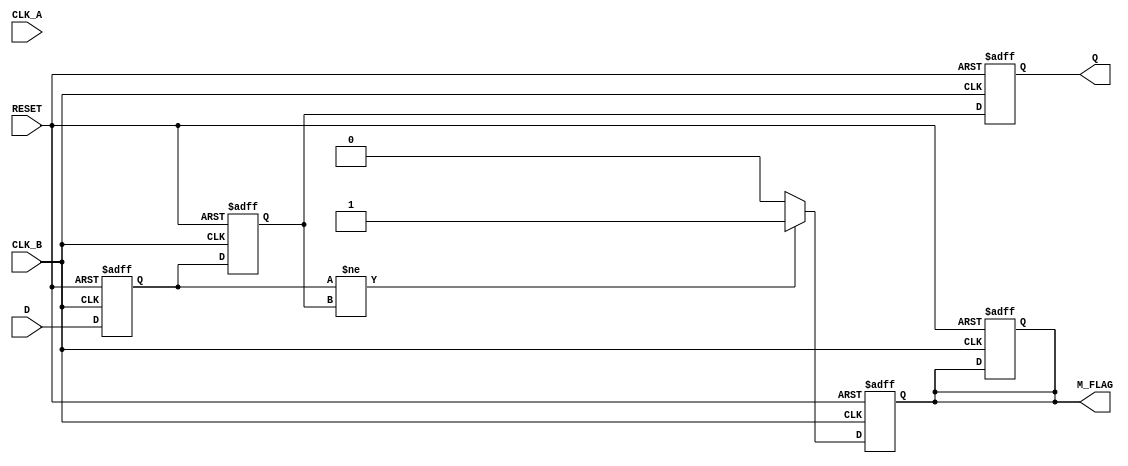
module cdc_detector (
    input wire       D,            // Data signal from the source clock domain
    input wire       CLK_A,        // Clock signal of the source domain
    input wire       CLK_B,        // Clock signal of the destination domain
    input wire       RESET,        // Asynchronous reset signal
    output reg       M_FLAG,       // Metastability flag
    output reg       Q             // Synchronized output in CLK_B domain
);

    reg D_sync_1;                  // First stage of synchronization
    reg D_sync_2;                  // Second stage of synchronization

    // Synchronization process
    always @(posedge CLK_B or posedge RESET) begin
        if (RESET) begin
            D_sync_1 <= 1'b0;
            D_sync_2 <= 1'b0;
            Q <= 1'b0;
            M_FLAG <= 1'b0;
        end else begin
            D_sync_1 <= D;         // Sample D on CLK_B
            D_sync_2 <= D_sync_1; // Pass through to second flip-flop
            Q <= D_sync_2;        // Final synchronized output
        end
    end

    // Metastability detection logic
    always @(posedge CLK_B or posedge RESET) begin
        if (RESET) begin
            M_FLAG <= 1'b0;
        end else begin
            // Detect if there was a change in D_sync_1 while CLK_B is active
            if (D_sync_1 != D_sync_2) begin
                M_FLAG <= 1'b1; // Assert M_FLAG if discrepancy occurs
            end else begin
                M_FLAG <= 1'b0; // Clear M_FLAG if no discrepancy
            end
        end
    end

endmodule